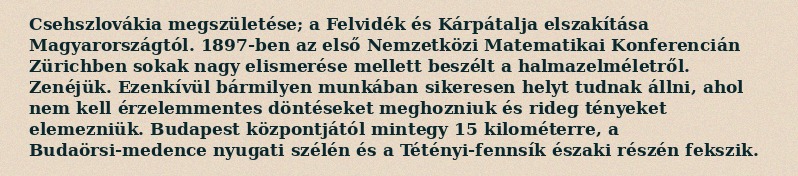
Csehszlovákia megszületése; a Felvidék és Kárpátalja elszakítása Magyarországtól. 1897-ben az első Nemzetközi Matematikai Konferencián Zürichben sokak nagy elismerése mellett beszélt a halmazelméletről. Zenéjük. Ezenkívül bármilyen munkában sikeresen helyt tudnak állni, ahol nem kell érzelemmentes döntéseket meghozniuk és rideg tényeket elemezniük. Budapest központjától mintegy 15 kilométerre, a Budaörsi-medence nyugati szélén és a Tétényi-fennsík északi részén fekszik.